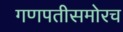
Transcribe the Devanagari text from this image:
गणपतीसमोरच